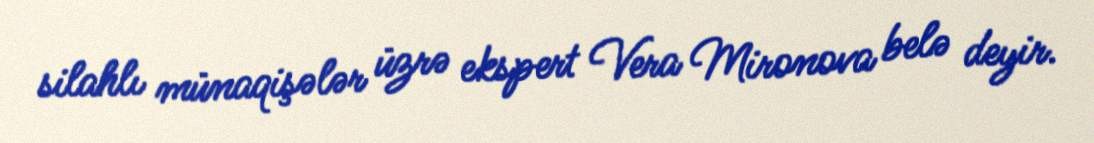
silahlı münaqişələr üzrə ekspert Vera Mironova belə deyir.